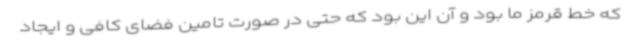
که خط قرمز ما بود و آن این بود که حتی در صورت تامین فضای کافی و ایجاد